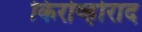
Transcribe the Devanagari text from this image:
किरोव्होराद